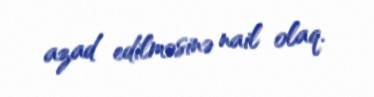
azad edilməsinə nail olaq.